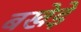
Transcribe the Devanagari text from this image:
बखेड़े